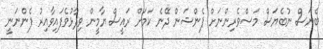
ބެޔަސް ނުބެޔަސް މަސްވެރިންނަށް ޕެންޝަން ދޭނެ ކަމަށް ރައީސް ޔާމީން ވިދާޅުވެފައިވާއިރު ފެންނަނީ